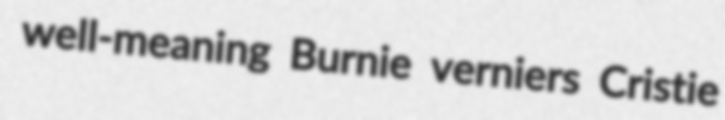
well-meaning Burnie verniers Cristie